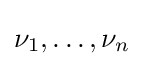
\nu _{1},\ldots ,\nu _{n}